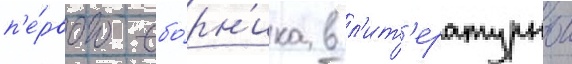
п'е́рвого сбо́рн'ика в л'ит'ературнои